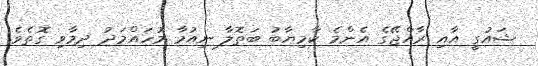
ޝައުގީ އާއި ރާއްޖޭގެ އެންމެ ކާމިޔާބު ބަތޮލާ ނިއުމާ މުހައްމަދު ދިމާވި ގޮތެވެ.